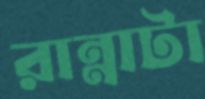
রান্নাটা